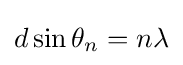
d\sin \theta _{n}=n\lambda